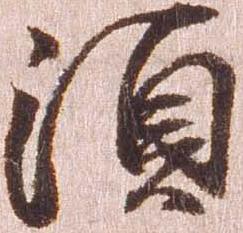
須